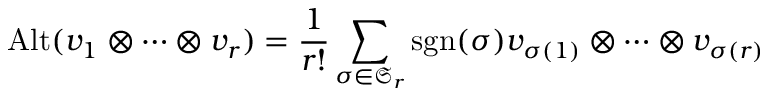
\operatorname { A l t } ( v _ { 1 } \otimes \cdots \otimes v _ { r } ) = { \frac { 1 } { r ! } } \sum _ { \sigma \in { \mathfrak { S } } _ { r } } \operatorname { s g n } ( \sigma ) v _ { \sigma ( 1 ) } \otimes \cdots \otimes v _ { \sigma ( r ) }